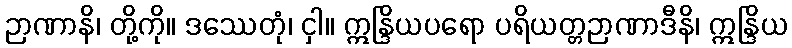
ဉာဏာနိ၊ တို့ကို။ ဒဿေတုံ၊ ငှါ။ ဣန္ဒြိယပရော ပရိယတ္တဉာဏာဒီနိ၊ ဣန္ဒြိယ